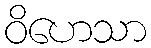
ဝိဟေသာ